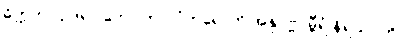
ဓိက္ကတာ ဥဒရဝါတော ကာလံကရောတိ အနုပုဗ္ဗဂမ္ဘီရံ နိရယဂတိ